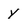
Character: y